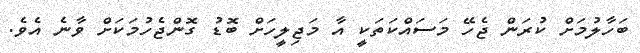
ބަހާލުމަށް ކުރަން ޖެހޭ މަސައްކަތަކީ އާ މަޖިލީހަށް ބޮޑު ގޮންޖެހުމަކަށް ވާނެ އެވެ.